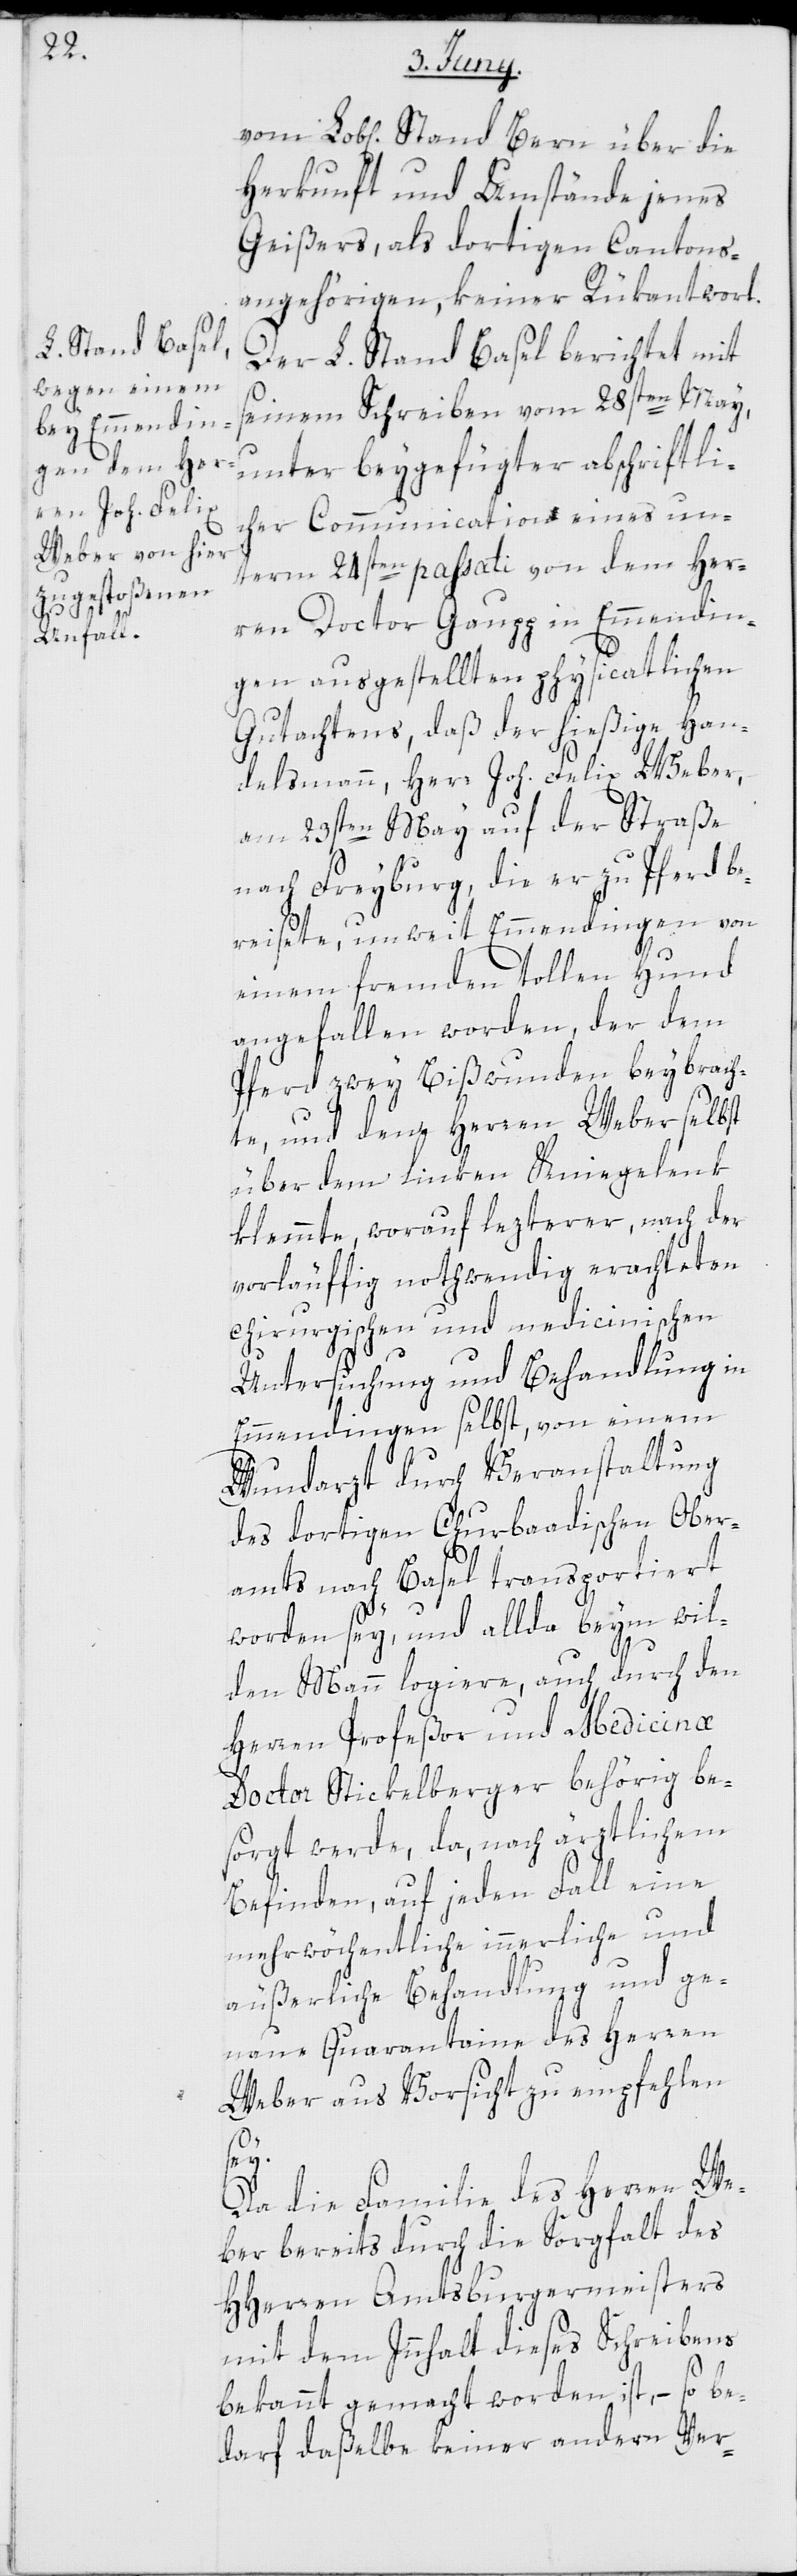
Herkunft und Umstände jenes
Geißers, als dortigen Cantons¬
angehörigen, keiner Rükantwort.
Der L. Stand Basel berichtet mit
seinem Schreiben vom 28sten May,
unter beygefügter abschriftli¬
cher Commmunication eines un¬
term 24sten passati von dem Her¬
ren Doctor Gaugg in Emmendin¬
gen ausgestellten physicatlichen
Gutachtens, daß der hießige Han¬
delsmann, Herr Joh. Felix Weber,
am 23sten May auf der Straße
nach Freyburg, die er zu Pferd be¬
reisete, unweit Emmendingen von
einem fremden tollen Hund
angefallen worden, der dem
Pferd zwey Bißwunden beybrach¬
te, und dem Herren Weber selbst
über dem linken Kniegelenk
klemmte, worauf lezterer, nach der
vorläuffig nothwendig erachteten
chirurgischen und medicinischen
Untersuchung und Behandlung in
Emmendingen selbst, von einem
Wundarzt durch Veranstaltung
des dortigen Churbaadischen Ober¬
amts nach Basel transportiert
worden sey, und allda beym wil¬
den Mann logiere, auch durch den
Herren Profeßor und Medicinæ
Doctor Stickelberger behörig be¬
sorgt werde, da nach ärztlichem
Befinden, auf jeden Fall eine
mehrwöchentliche innerliche und
äußerliche Behandlung und ge¬
naue Quarantaine des Herren
Weber aus Vorsicht zu empfehlen
ey.
Da die Familie des Herren We¬
ber bereits durch die Sorgfalt des
HHerren Amtsburgermeisters
mit dem Innhalt dieses Schreibens
bekannt gemacht worden ist, – so be¬
darf daßelbe keiner andern Ver-